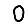
Digit: 0